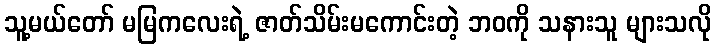
သူ့မယ်တော် မမြကလေးရဲ့ ဇာတ်သိမ်းမကောင်းတဲ့ ဘဝကို သနားသူ များသလို